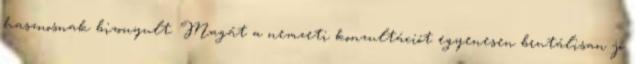
hasznosnak bizonyult. Magát a nemzeti konzultációt egyenesen brutálisan jó